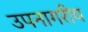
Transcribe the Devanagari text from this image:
उपनागरीय